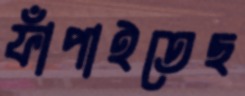
ফাঁপাইতেছ